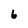
Character: 6